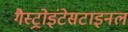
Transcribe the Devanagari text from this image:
गैस्ट्रोइंटेसटाइनल